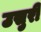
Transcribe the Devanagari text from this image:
उसुरी